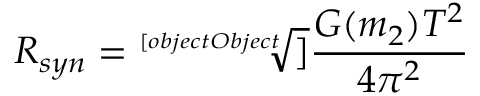
R _ { s y n } = { \sqrt [ [object Object] ] { \frac { G ( m _ { 2 } ) T ^ { 2 } } { 4 \pi ^ { 2 } } } }